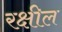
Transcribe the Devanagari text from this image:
रक्षील